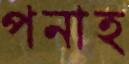
পনাহ